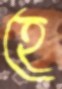
হে